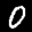
Label: 0